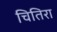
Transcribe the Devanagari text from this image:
चितिरा